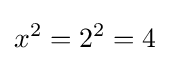
x^{2}=2^{2}=4